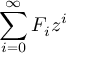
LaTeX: \sum _ { i = 0 } ^ { \infty } F _ { i } z ^ { i }